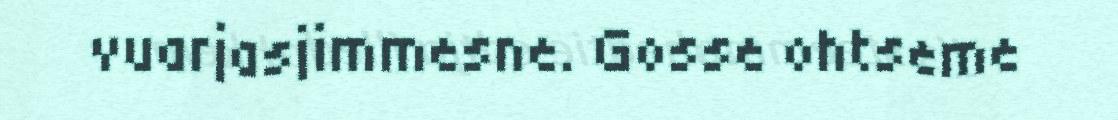
vuarjasjimmesne. Gosse ohtseme